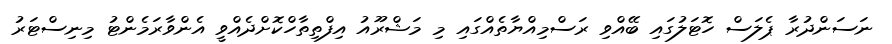
ނަސަންދުރާ ޕެލަސް ހޮޓަލުގައި ބޭއްވި ރަސްމިއްޔާތެއްގައި މި މަޝްރޫއު އިފްތިތާހްކޮށްދެއްވީ އެންވާރަމެންޓު މިނިސްޓަރު